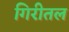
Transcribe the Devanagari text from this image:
गिरीतल